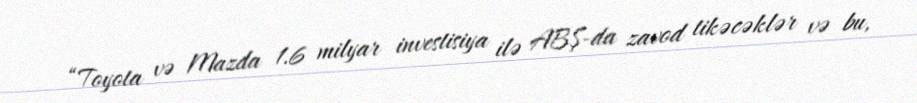
“Toyota və Mazda 1.6 milyar investisiya ilə ABŞ-da zavod tikəcəklər və bu,